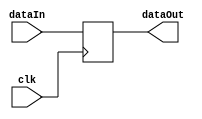
module reg1(clk,dataIn,dataOut);
input clk;
input [31:0] dataIn;
output reg [31:0] dataOut;

always @(posedge clk)begin
    dataOut<=dataIn;
end
endmodule